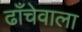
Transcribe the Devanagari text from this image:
ढाँचेवाला